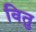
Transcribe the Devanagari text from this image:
वितु